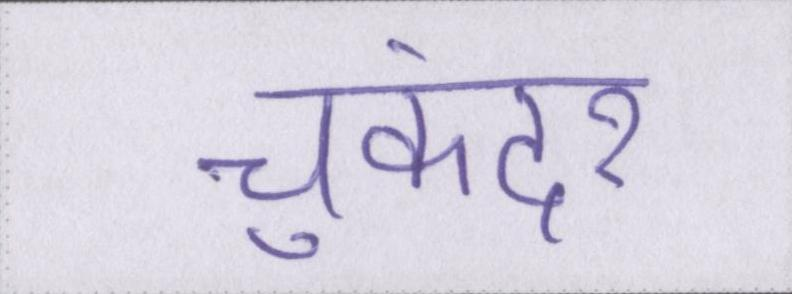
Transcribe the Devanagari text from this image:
चुकंदर